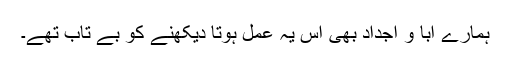
ہمارے آبا و اجداد بھی اس یہ عمل ہوتا دیکھنے کو بے تاب تھے۔